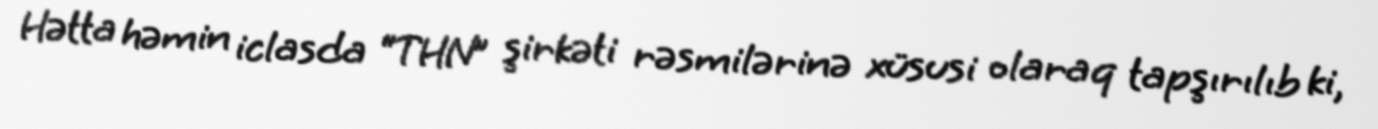
Hətta həmin iclasda “THN” şirkəti rəsmilərinə xüsusi olaraq tapşırılıb ki,